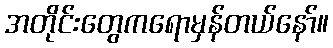
အတိုင်းတွေကရောမှန်တယ်နော်။